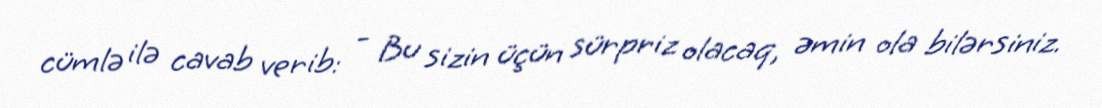
cümlə ilə cavab verib: - Bu sizin üçün sürpriz olacaq, əmin ola bilərsiniz.